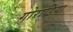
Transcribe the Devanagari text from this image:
गोराडिया